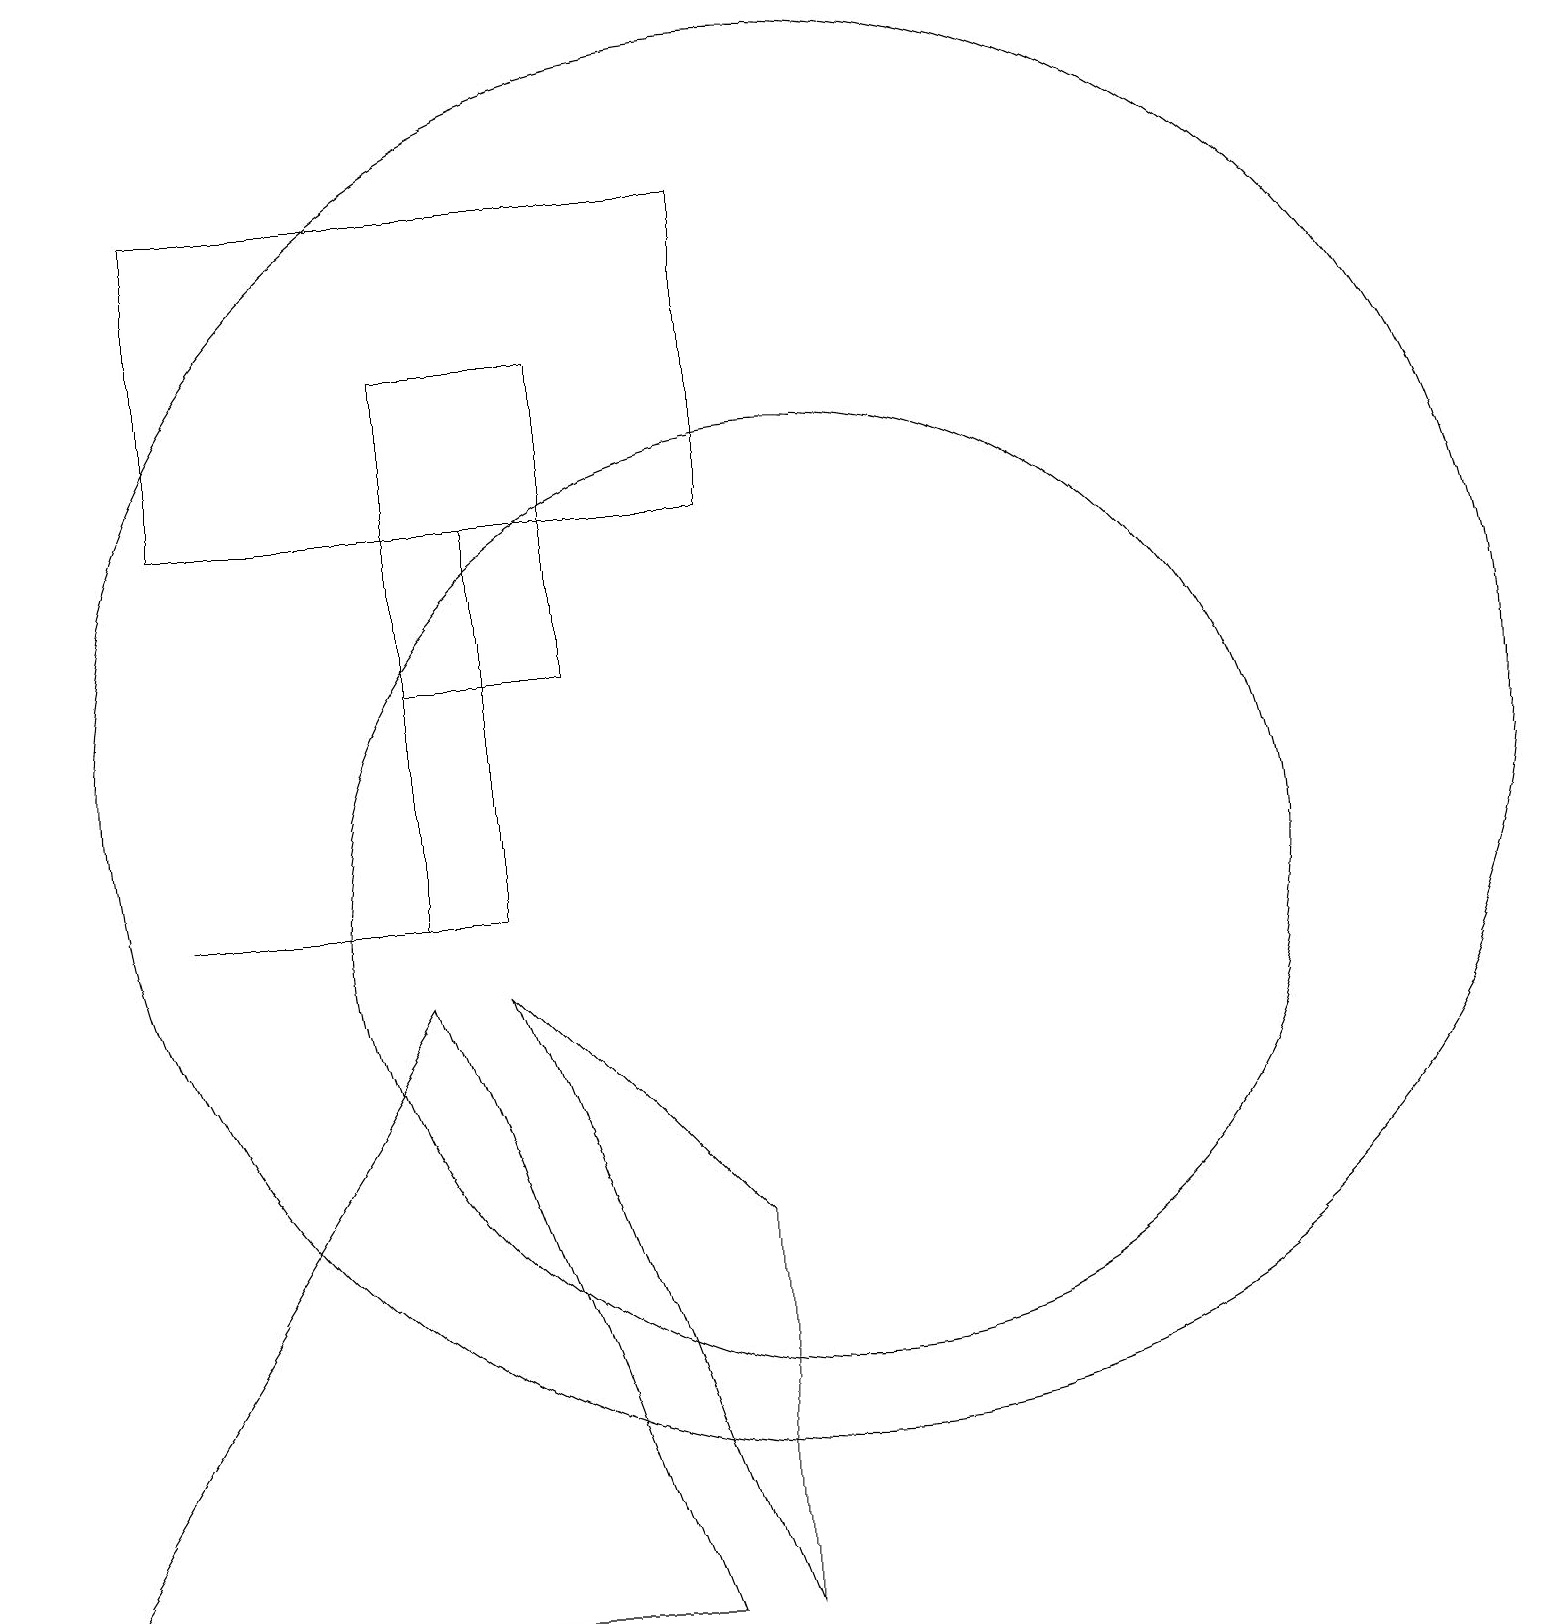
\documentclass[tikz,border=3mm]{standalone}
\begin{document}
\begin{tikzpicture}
\draw (6,9) -- (9,6) -- (9,1) -- cycle;
\draw (9,19) rectangle (2,15);
\draw (10,12) circle (9);
\draw (2,10) rectangle (5,10);
\draw (10,10) circle (6);
\draw (8,1) -- (5,9) -- (0,1) -- cycle;
\draw (7,17) rectangle (5,13);
\draw (5,10) rectangle (6,15);
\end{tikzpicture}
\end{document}